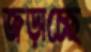
জড়াচ্ছে